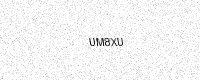
Text: UM8XU